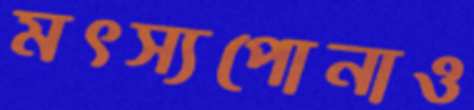
মৎস্যপোনাও